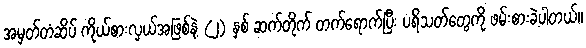
အမှတ်တံဆိပ် ကိုယ်စားလှယ်အဖြစ်နဲ့ (၂) နှစ် ဆက်တိုက် တက်ရောက်ပြီး ပရိသတ်တွေကို ဖမ်းစားခဲ့ပါတယ်။